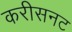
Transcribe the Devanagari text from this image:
करीसनट